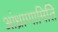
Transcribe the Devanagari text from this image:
आंध्राणामिति